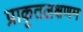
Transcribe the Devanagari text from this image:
प्राकृतलक्षणम